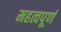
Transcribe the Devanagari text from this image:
महत्वपूर्ण